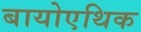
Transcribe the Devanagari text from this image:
बायोएथिक